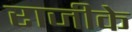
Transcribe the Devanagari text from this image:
राजीके